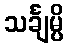
သင်္ချမ္ပိ